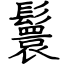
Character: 鬟